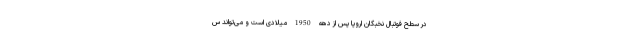
در سطح فوتبال نخبگان اروپا پس از دهه 1950 میلادی است و می‌تواند س